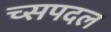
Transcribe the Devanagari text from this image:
च्सपदल